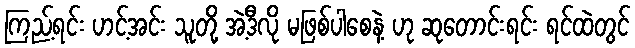
ကြည့်ရင်း ဟင့်အင်း သူတို့ အဲ့ဒီလို မဖြစ်ပါစေနဲ့ ဟု ဆုတောင်းရင်း ရင်ထဲတွင်